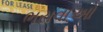
ભરાવાઓ